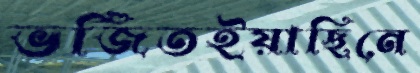
ভর্জিতইয়াছিনে